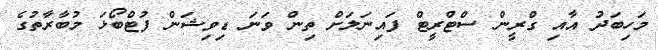
މަހިބަދު އާއި ގްރީން ސްޓްރީޓް ފައިނަލަށް ތިން ވަނަ ޑިވިޝަން ފުޓްބޯޅަ މުބާރާތުގެ